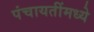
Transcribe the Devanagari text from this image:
पंचायतींमध्ये